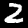
Digit: 2